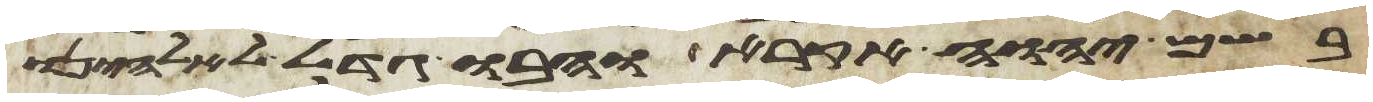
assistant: בשם יהוה אקרא והבו גדל לאלהינו